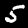
Digit: 5